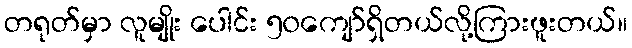
တရုတ်မှာ လူမျိုး ပေါင်း ၅၀ကျော်ရှိတယ်လို့ကြားဖူးတယ်။